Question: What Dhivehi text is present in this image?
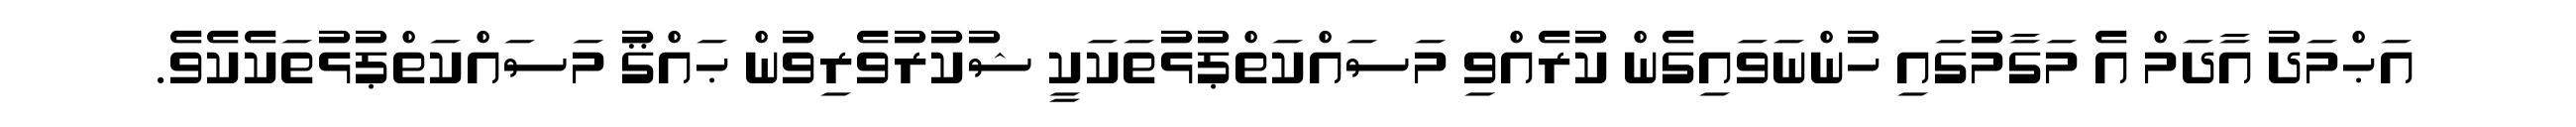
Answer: އަޙްމަދު އާދަމް އެ މަގާމުގައި ހުންނަވައިގެން ކުރެއްވި މަސައްކަތްޕުޅުތަކަކީ ޝުކުރުވެރިވުން ޙައްޤު މަސައްކަތްޕުޅުތަކެކެވެ.